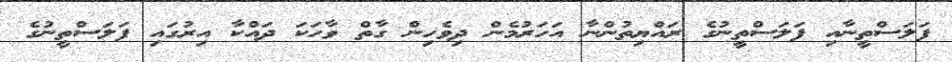
ފަލަސްތީނާއި ފަލަސްތީނުގެ ރައްޔިތުންނާ އަހަރުމެން ދިވެހިން ގާތް ވާހަކަ ދައްކާ އިރުގައި ފަލަސްތީނުގެ